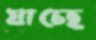
যাচেছ